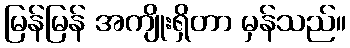
မြန်မြန် အကျိုးရှိတာ မှန်သည်။